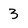
Character: 3